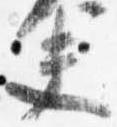
夫